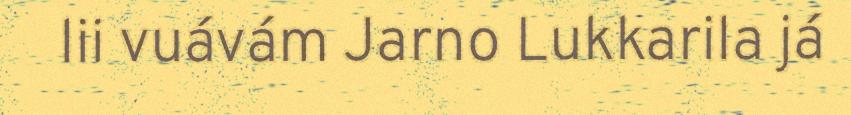
lii vuávám Jarno Lukkarila já